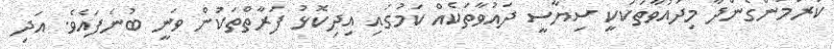
ކުރަމުންގެންދާ މިދައުވާތަކަކީ ސިޔާސީ ދައުވާތަކެއް ކަމުގައި އިދިކޮޅު ފަރާތްތަކުން ވަނީ ބުނެފައެވެ. އަދި